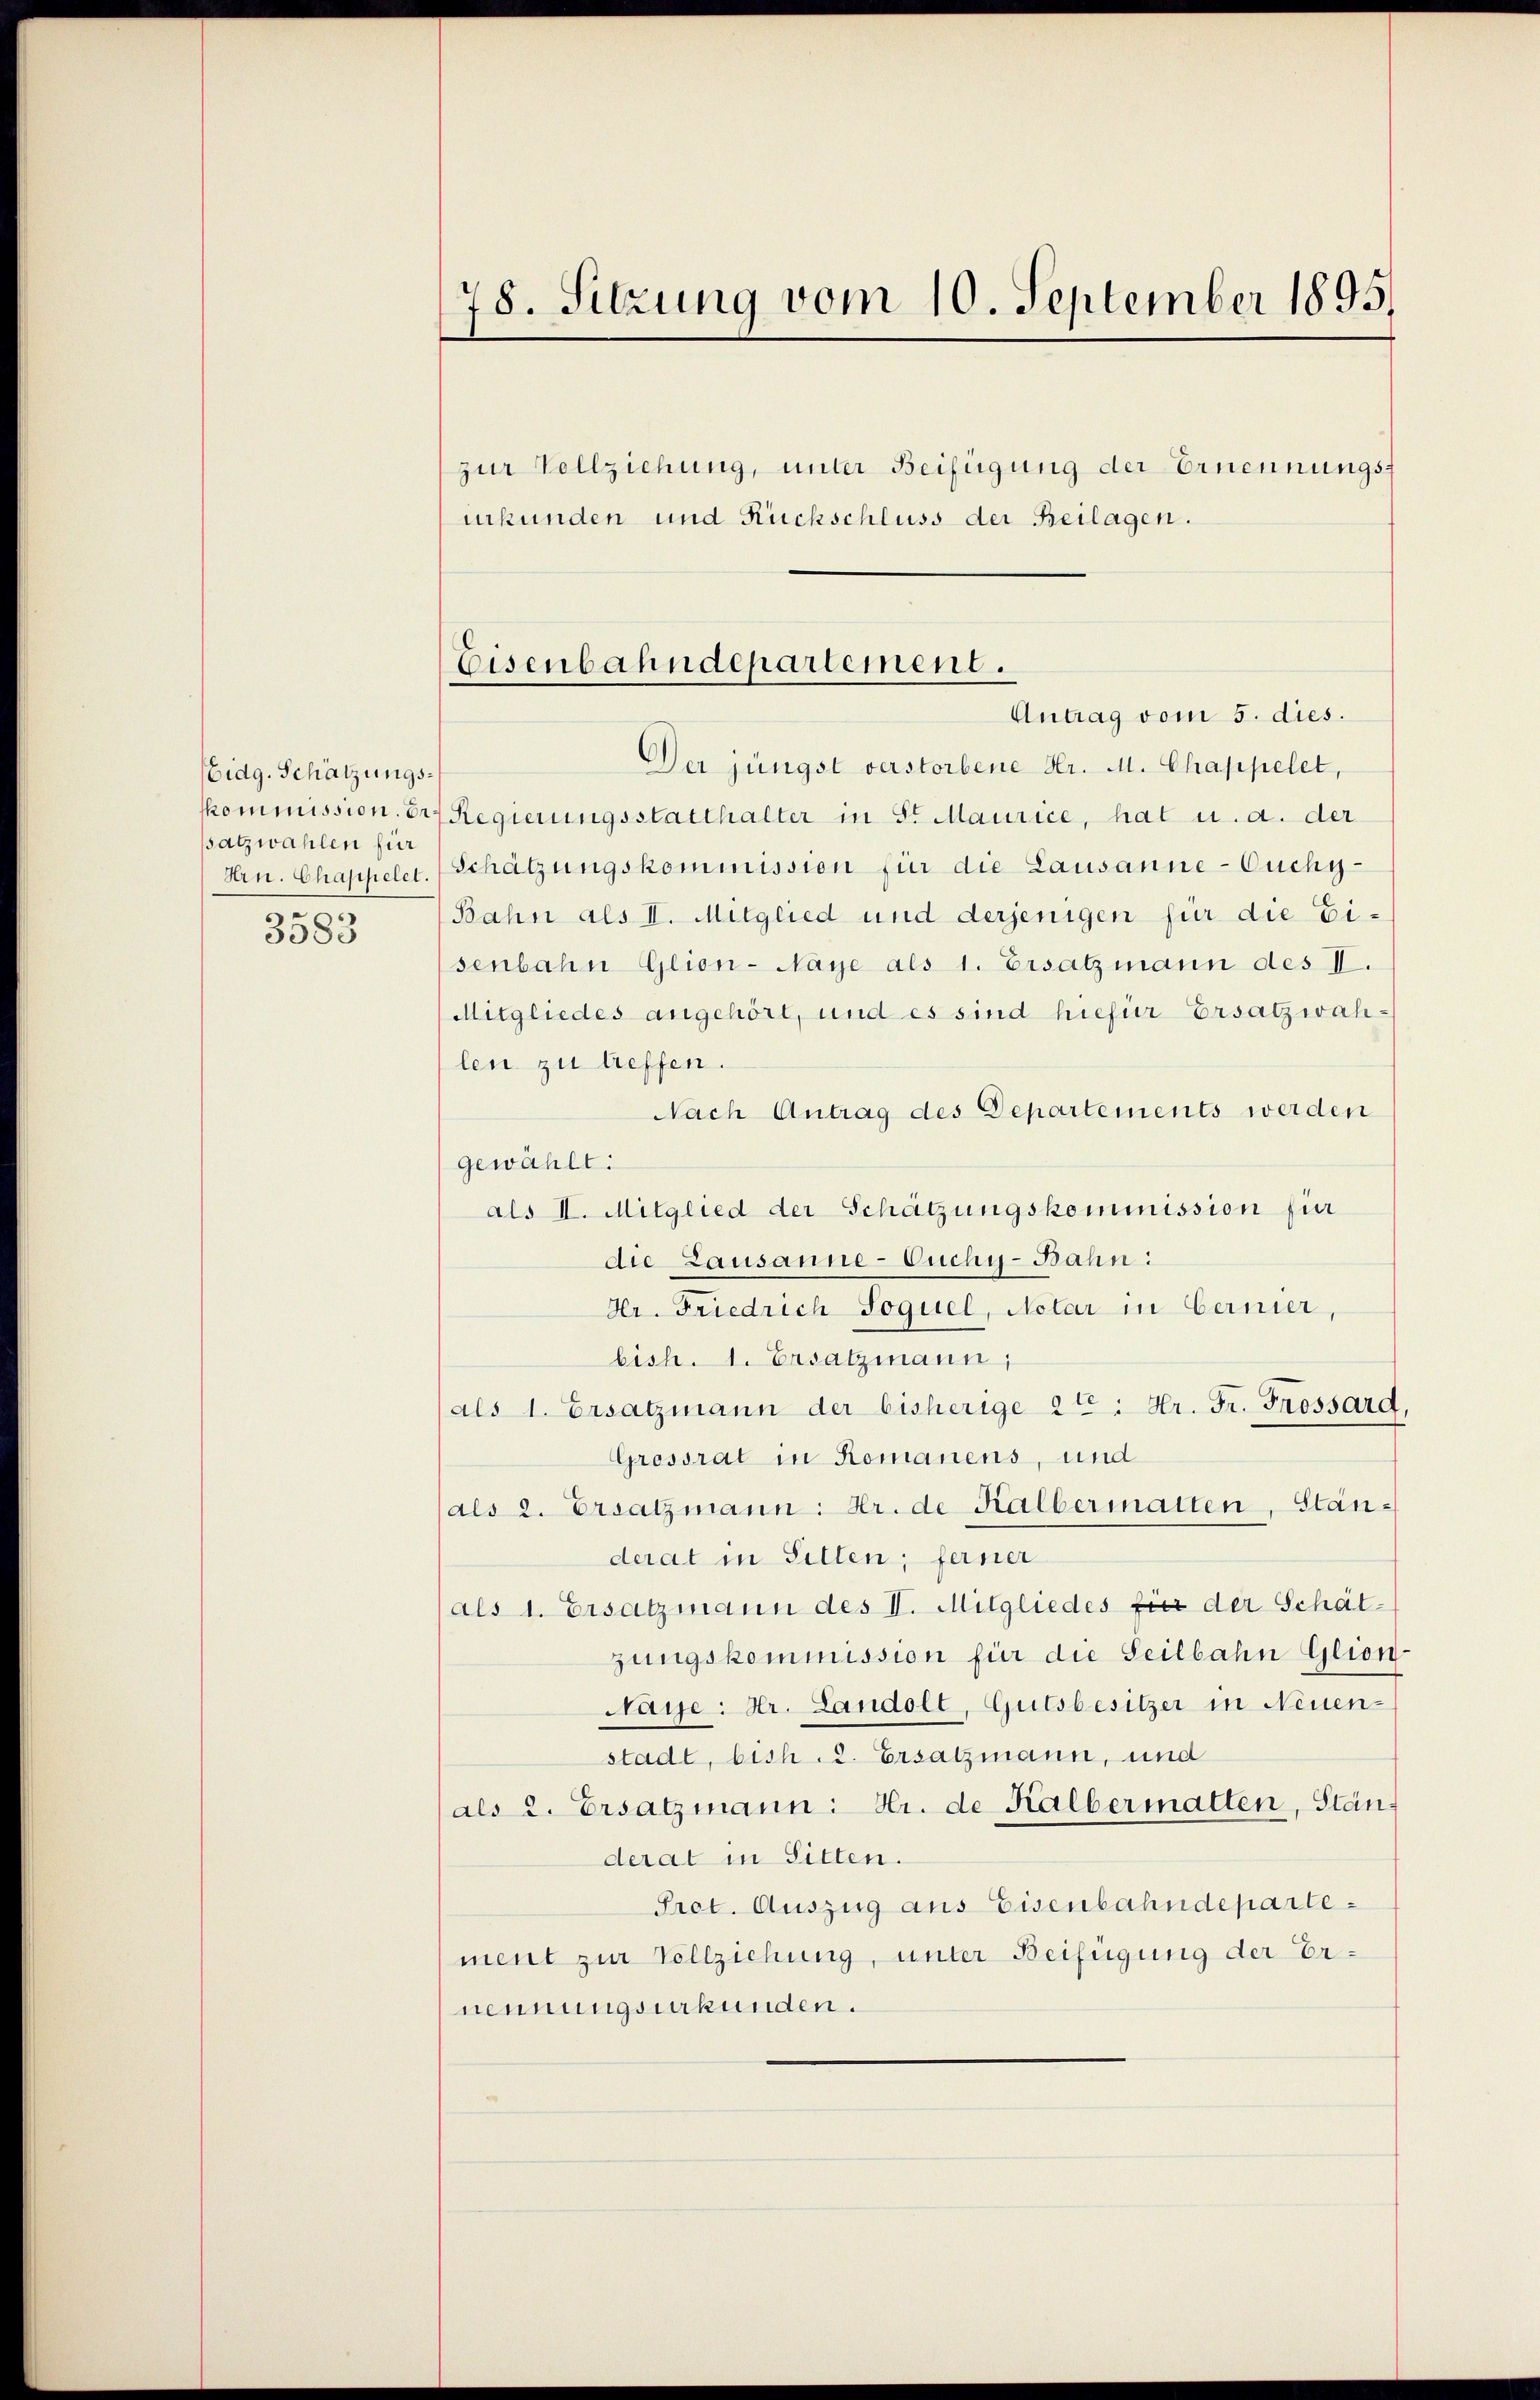
Eidg. Schätzungsskommission. Besatzwahlen für
Arn. Chappelet.

3583

78. Sitzung vom 10. September 1895.

urkunden und Rückschluss der Beilagen.
Der jüngst verstorbene Hr. M. Chappelet,
Regierungsstatthalter in Sr Maurice, hat u. a. der
Schätzungskommission für die Lausanne-Ouchy-
Bahn als II. Mitglied und derjenigen für die Eisenbahn Glien-Naye als 1. Ersatzmann des II.
Mitgliedes angehört, und es sind hiefür Ersatzwahlen zu treffen.
Nach Antrag des Departements werden
gewählt:
als II. Mitglied der Schätzungskommission für
die Lausanne-Ouchy-Bahn:
Hr. Friedrich Soquel, Notar in bernier,
bish. 1. Ersatzmann,
(als 1. Ersatzmann der bisherige 2te : Hr. Fr. Frossard,
Grossrat in Romanens, und
als 2. Ersatzmann: Dr. de Kalbermatten, Ständerat in Sitten; ferner
als 1. Ersatzmann des II. Mitgliedes für der Schätzungskommission für die Seilbahn Glion
Naye: Hr. Landolt, Gutsbesitzer in Neuen-
stadt, bish. 2. Ersatzmann, und
als 2. Ersatzmann: Hr. de Kalbermatten, Ständerat in Sitten.
Pret. Auszug aus Eisenbahndepartement zur Vollziehung, unter Beifügung der Ernennungsurkunden.

zur Vollziehung, unter Beifügung der Ernennungs¬

Eisenbahndepartement.
Antrag vom 5. dies.